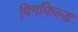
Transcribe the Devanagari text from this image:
विगफिल्ड